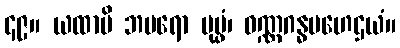
၄၉။ ယထာပိ ဘမရော ပုပ္ဖံ၊ ဝဏ္ဏဂန္ဓမဟေဌယံ။